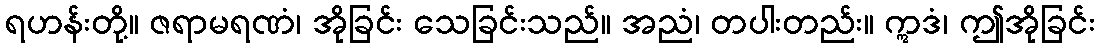
ရဟန်းတို့။ ဇရာမရဏံ၊ အိုခြင်း သေခြင်းသည်။ အညံ၊ တပါးတည်း။ ဣဒံ၊ ဤအိုခြင်း